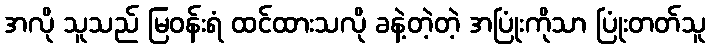
အလို သူသည် မြဝန်းရံ ထင်ထားသလို ခနဲ့တဲ့တဲ့ အပြုံးကိုသာ ပြုံးတတ်သူ